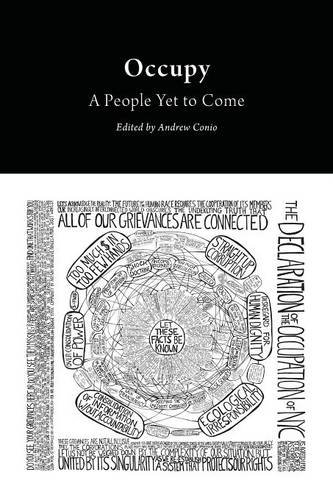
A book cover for Occupy: A People Yet to Come (Critical Climate Change); Law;